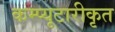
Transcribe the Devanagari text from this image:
कम्प्यूटारीकृत